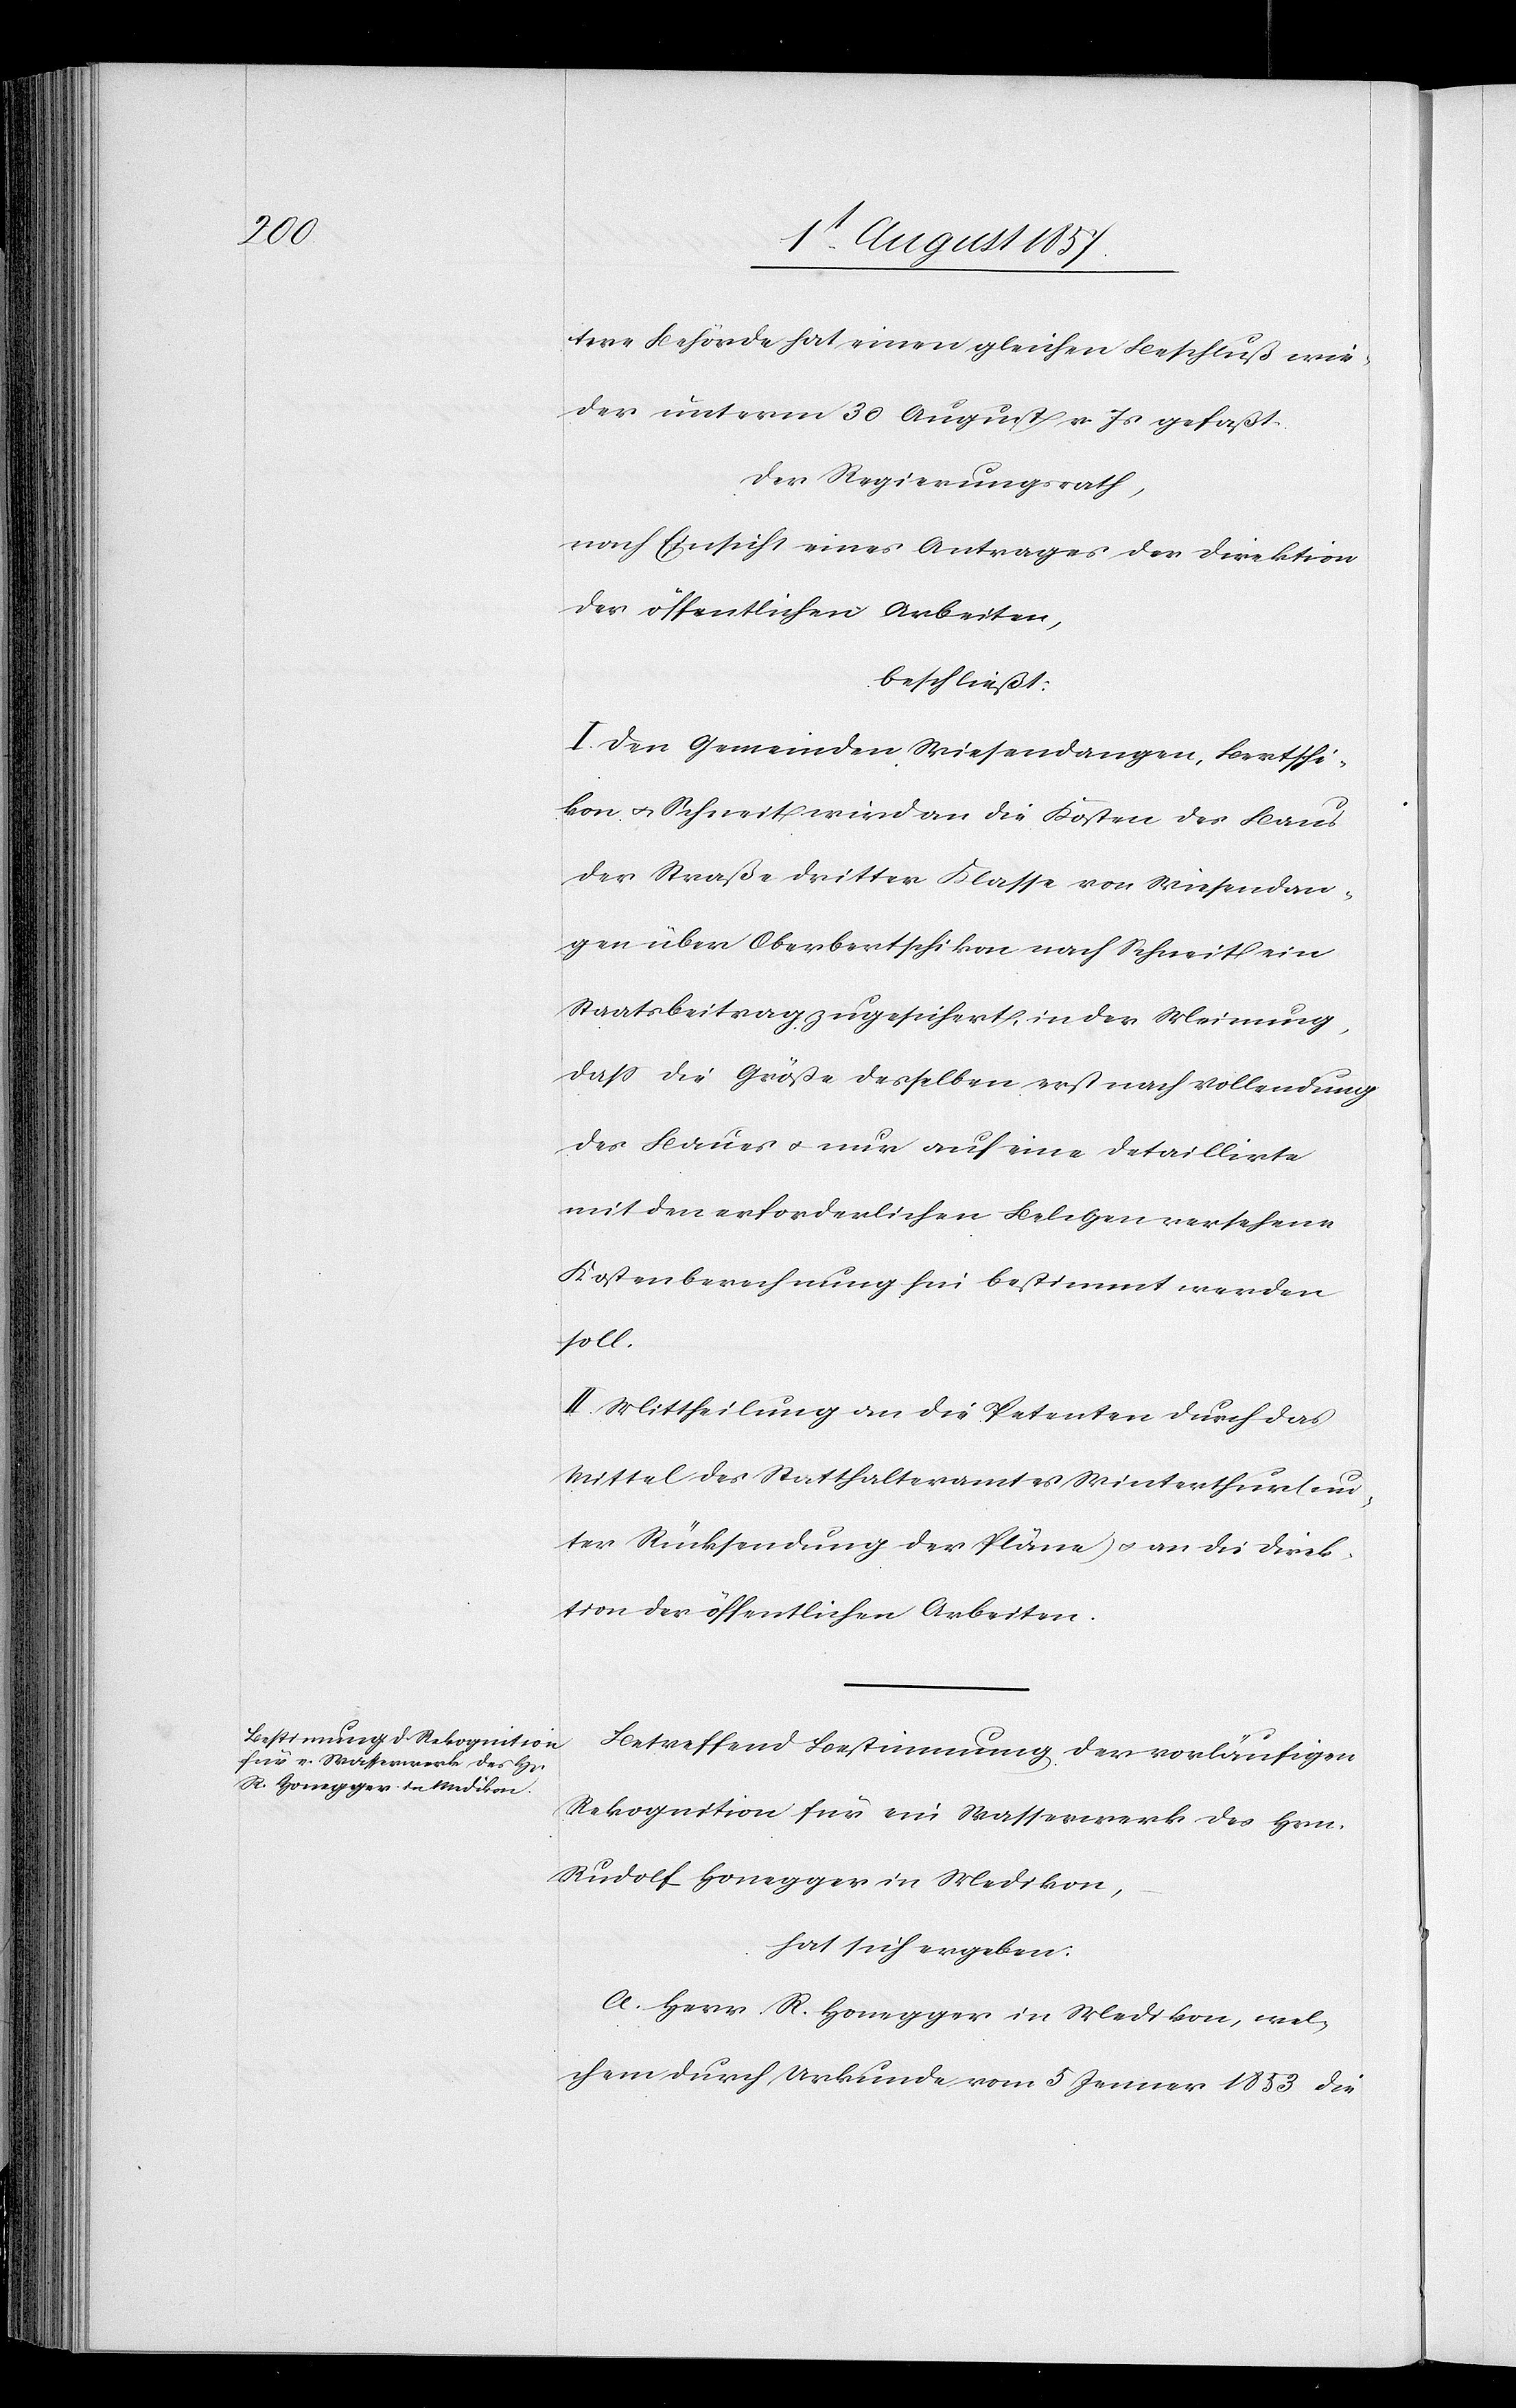
tere Behörde hat einen gleichen Beschluß wie¬
der unterm 30 August v. Js. gefaßt.
Der Regierungsrath,
nach Einsicht eines Antrages der Direktion
der öffentlichen Arbeiten,
beschließt:
I. Den Gemeinden Wiesendangen, Bertschi¬
kon & Schneit wird an die Kosten des Baues
der Straße dritter Klasse von Wiesendan¬
gen über Oberbertschikon nach Schneit ein
Staatsbeitrag zugesichert, in der Meinung,
daß die Größe desselben erst nach Vollendung
des Baues & nur auf eine detaillirte
mit den erforderlichen Belegen versehene
Kostenberechnung frei bestimmt werden
soll.
II. Mittheilung an die Petenten durch das
Mittel des Statthalteramtes Winterthur (un¬
ter Rücksendung der Pläne) & an die Direk¬
tion der öffentlichen Arbeiten.
Betreffend Bestimmung der vorläufigen
Rekognition für ein Wasserwerk des Hrn.
Rudolf Honegger in Medikon,
hat sich ergeben:
A. Herr R. Honegger in Medikon, wel¬
chem durch Urkunde vom 5 Jenner 1853 die